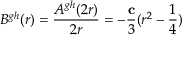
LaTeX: B ^ { g h } ( r ) = \frac { A ^ { g h } ( 2 r ) } { 2 r } = - \frac { \bf c } { 3 } ( r ^ { 2 } - \frac { 1 } { 4 } )